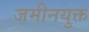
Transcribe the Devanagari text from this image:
जमीनयुक्त